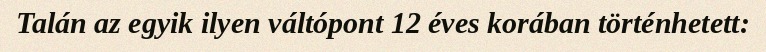
Talán az egyik ilyen váltópont 12 éves korában történhetett: